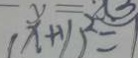
( x + 1 ) ^ { 2 } = 1